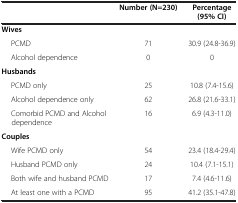
<table><thead><tr><td><b> </b></td><td><b>Number (N=230)</b></td><td><b>Percentage (95% CI)</b></td></tr></thead><tbody><tr><td><b>Wives</b></td><td> </td><td> </td></tr><tr><td>PCMD</td><td>71</td><td>30.9 (24.8-36.9)</td></tr><tr><td>Alcohol dependence</td><td>0</td><td>0</td></tr><tr><td><b>Husbands</b></td><td> </td><td> </td></tr><tr><td>PCMD only</td><td>25</td><td>10.8 (7.4-15.6)</td></tr><tr><td>Alcohol dependence only</td><td>62</td><td>26.8 (21.6-33.1)</td></tr><tr><td>Comorbid PCMD and Alcohol dependence</td><td>16</td><td>6.9 (4.3-11.0)</td></tr><tr><td><b>Couples</b></td><td> </td><td> </td></tr><tr><td>Wife PCMD only</td><td>54</td><td>23.4 (18.4-29.4)</td></tr><tr><td>Husband PCMD only</td><td>24</td><td>10.4 (7.1-15.1)</td></tr><tr><td>Both wife and husband PCMD</td><td>17</td><td>7.4 (4.6-11.6)</td></tr><tr><td>At least one with a PCMD</td><td>95</td><td>41.2 (35.1-47.8)</td></tr></tbody></table>